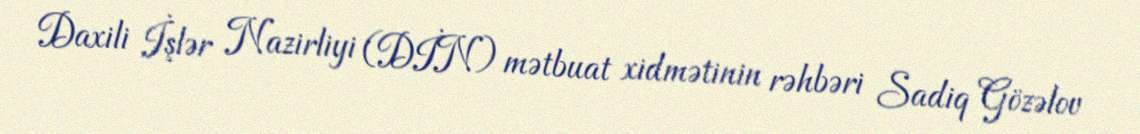
Daxili İşlər Nazirliyi (DİN) mətbuat xidmətinin rəhbəri Sadiq Gözəlov